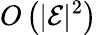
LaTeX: O\left(|\mathcal{E}|^{2}\right)